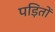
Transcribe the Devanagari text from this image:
पड़ितों